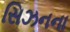
સિઝનના